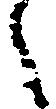
々